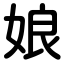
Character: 娘